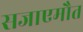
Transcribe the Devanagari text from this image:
सजाएमौत